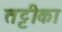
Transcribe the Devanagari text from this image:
तट्टीका